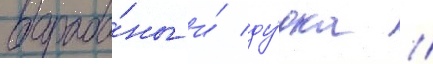
бараба́ны и́ ду́дка //